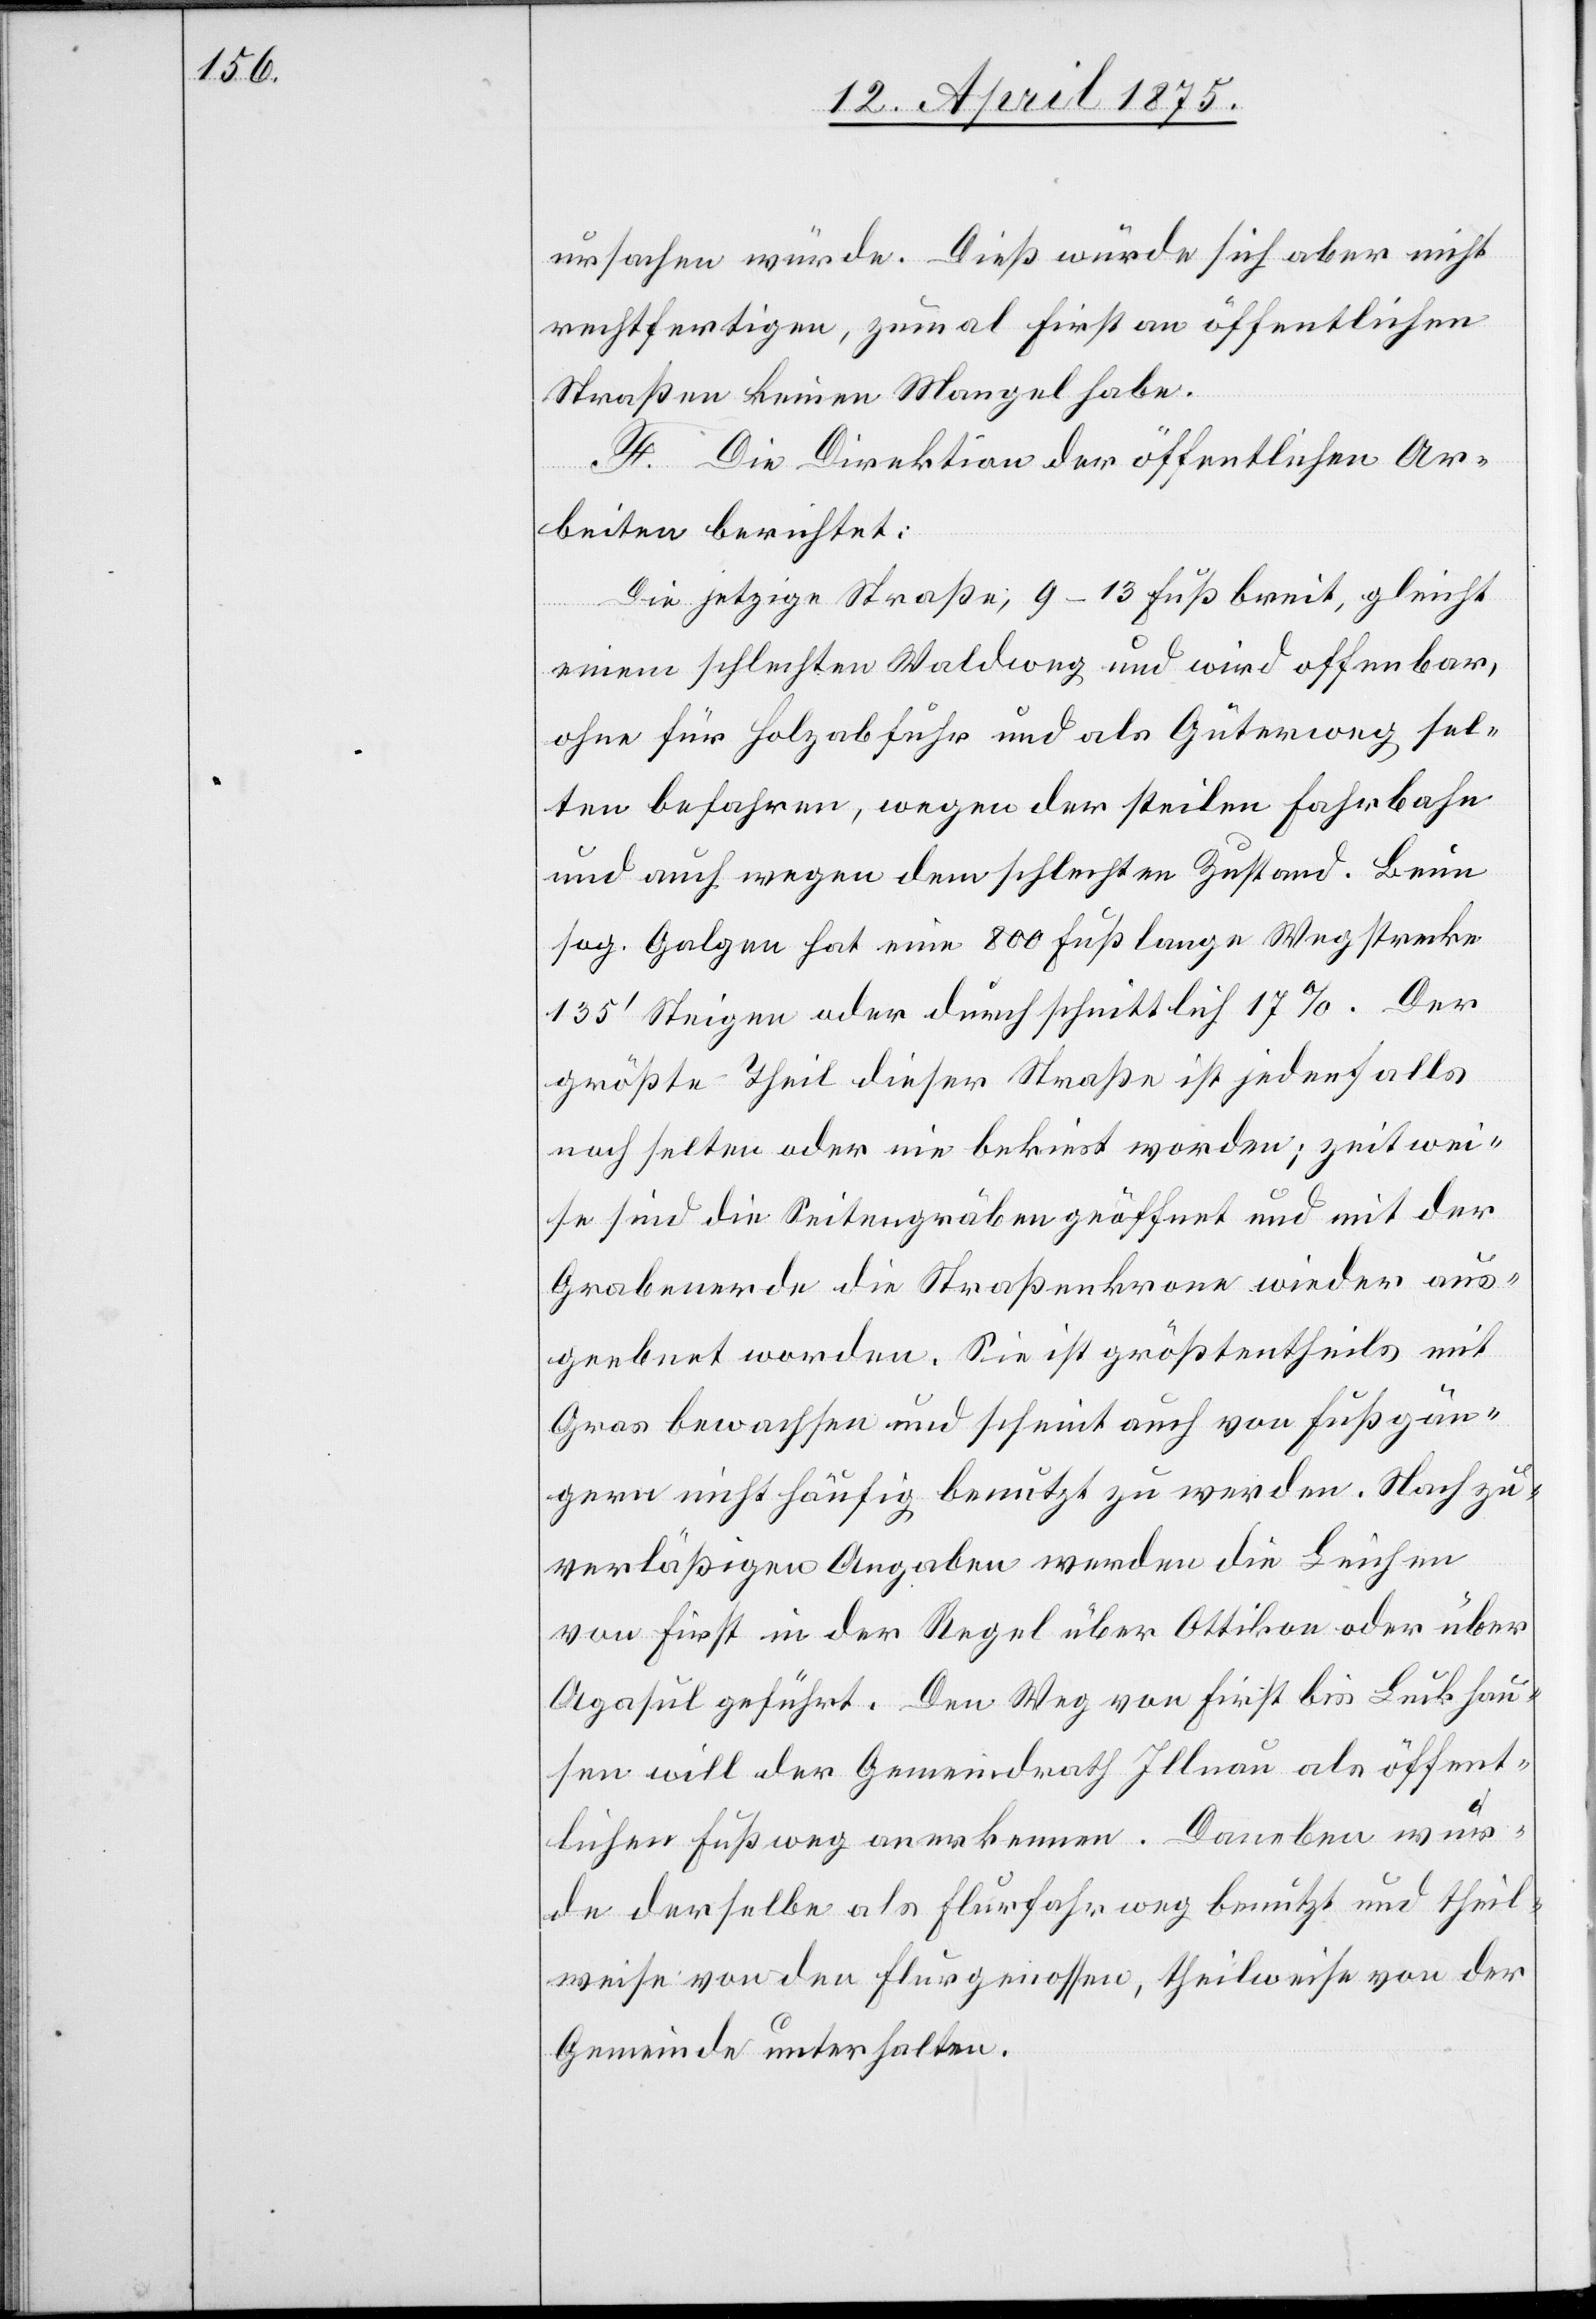
ursachen würde. Dieß würde sich aber nicht
rechtfertigen, zumal First an öffentlichen
Straßen keinen Mangel habe.
F. Die Direktion der öffentlichen Ar¬
beiten berichtet:
Die jetzige Straße, 9–13 Fuß breit, gleicht
einem schlechten Waldweg und wird offenbar,
ohne für Holzabfuhr und als und als Güterweg sel¬
ten befahren, wegen der steilen Fahrbahn
und auch wegen dem schlechten Zustand. Beim
sog. Galgen hat eine 800 Fußlange Wegstrecke
135‘ Steigen oder durchschnittlich 17%. Der
größte Theil dieser Straße ist jedenfalls
noch selten oder nie bekiest worden; zeitwei¬
se sind die Seitengräben geöffnet und mit der
Grabenerde die Straßenkrone wieder aus¬
geebnet worden. Sie ist größtentheils mit
Gras bewachsen und scheint auch von Fußgän¬
gern nicht häufig benutzt zu werden. Nach zu¬
verläßigen Angaben werden die Leichen
von First in der Regel über Ottikon oder über
Agasul geführt. Den Weg von First bis Luckhau¬
sen will der Gemeindrath Illnau als öffent¬
lichen Fußweg anerkennen. Daneben wur¬
de derselbe als Flurfahrweg benutzt und theil¬
weise von den Flurgenossen, theilweise von der
Gemeinde unterhalten.